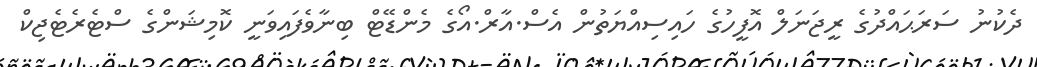
ދެކުނު ސަރަޙައްދުގެ ރީޖަނަލް އޮފީހުގެ ހައިސިއްޔަތުން އެސް.އާރް.އޯގެ މެންޑޭޓް ބިނާވެފައިވަނީ ކޮމިޝަންގެ ސްޓެރެޓެޖިކް